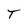
Character: T